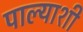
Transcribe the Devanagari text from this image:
पाल्याशी